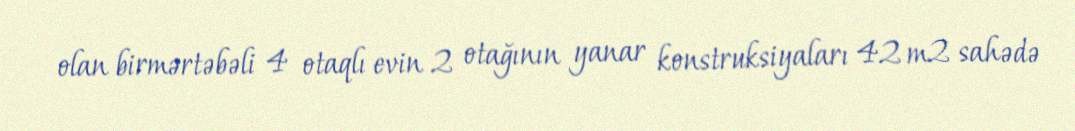
olan birmərtəbəli 4 otaqlı evin 2 otağının yanar konstruksiyaları 42 m2 sahədə